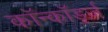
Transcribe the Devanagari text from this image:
कॉन्कॉर्ड्ज़